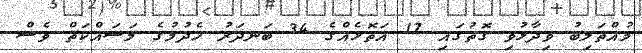
މުއްތަލިބު ވިދާޅުވި ގޮތުގައި 17 އަތޮޅެއްގެ 34 ބަނދަރު ހެދުމުގެ މަސައްކަތް ވެސް